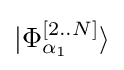
|{\Phi _{\alpha _{1}}^{[2..N]}}\rangle